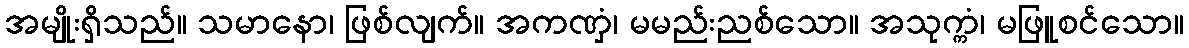
အမျိုးရှိသည်။ သမာနော၊ ဖြစ်လျက်။ အကဏှံ၊ မမည်းညစ်သော။ အသုက္ကံ၊ မဖြူစင်သော။